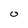
Character: O